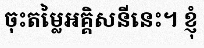
ចុះតម្លៃអគ្គិសនីនេះ។ ខ្ញុំ